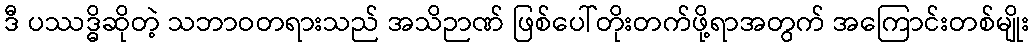
ဒီ ပဿဒ္ဓိဆိုတဲ့ သဘာဝတရားသည် အသိဉာဏ် ဖြစ်ပေါ်တိုးတက်ဖို့ရာအတွက် အကြောင်းတစ်မျိုး